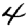
Digit: 4